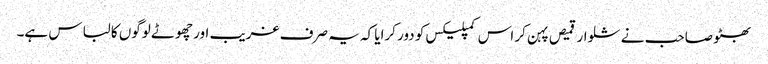
بھٹو صاحب نے شلوار قمیص پہن کر اس کمپلیکس کو دور کرایا کہ یہ صرف غریب اور چھوٹے لوگوں کا لباس ہے۔